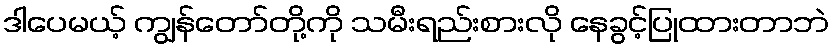
ဒါပေမယ့် ကျွန်တော်တို့ကို သမီးရည်းစားလို နေခွင့်ပြုထားတာဘဲ